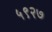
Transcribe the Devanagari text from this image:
५९२७